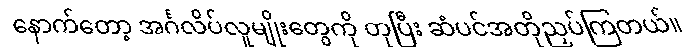
နောက်တော့ အင်္ဂလိပ်လူမျိုးတွေကို တုပြီး ဆံပင်အတိုညှပ်ကြတယ်။